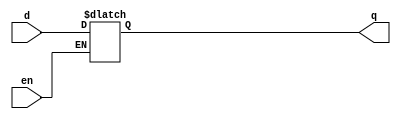
module latch_behav(en, d, q);
  input en, d;
  output q;
  reg q;

  always @(en, d) begin
    if (en) begin
      q <= d;
    end
  end

endmodule